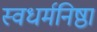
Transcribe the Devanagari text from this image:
स्वधर्मनिष्ठा